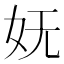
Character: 妩